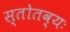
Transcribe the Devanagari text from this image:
स्तोतव्यः